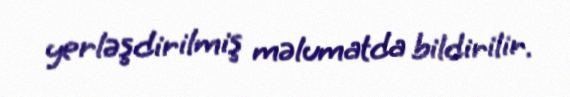
yerləşdirilmiş məlumatda bildirilir.